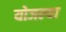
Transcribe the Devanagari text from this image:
योजल्या